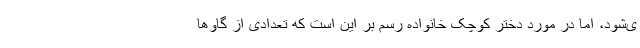
ی‌شود، اما در مورد دختر کوچک خانواده رسم بر این است که تعدادی از گاوها